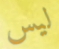
ليس